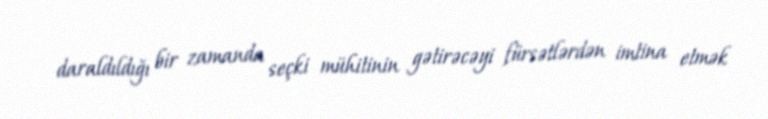
daraldıldığı bir zamanda seçki mühitinin gətirəcəyi fürsətlərdən imtina etmək